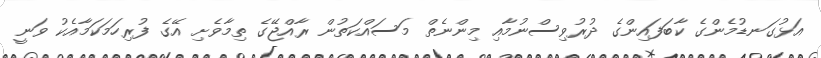
އަޅުގަނޑުމެންގެ ކާބަފައިންގެ ދުރުވިސްނުމާއި މިންނެތް މަސައްކަތުން ރާއްޖޭގެ ތިމާވެށި އޭގެ ފުރިހަމަކަމާއެކު ވަނީ